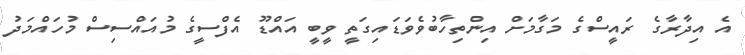
އެ އިދާރާގެ ރައީސްގެ މަގާމަށް އިންތިހާބުވެވަޑައިގަތީ ވީބީ އައްޑޫ އެފްސީގެ މުއައްސިސް މުހައްމަދު